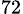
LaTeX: _{72}